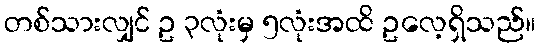
တစ်သားလျှင် ဥ ၃လုံးမှ ၅လုံးအထိ ဥလေ့ရှိသည်။